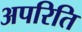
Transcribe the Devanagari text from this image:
अपरिति